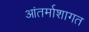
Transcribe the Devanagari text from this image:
आंतर्माशागत